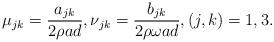
LaTeX: \begin{align*} \mu_{jk} = \frac{a_{jk}}{2 \rho a d }, \nu_{jk} = \frac{b_{jk}}{2 \rho \omega a d }, (j,k) = 1,3.\end{align*}